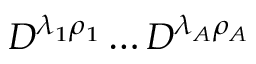
D ^ { \lambda _ { 1 } \rho _ { 1 } } \dots D ^ { \lambda _ { A } \rho _ { A } }